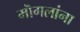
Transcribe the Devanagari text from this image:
मॊगलांना